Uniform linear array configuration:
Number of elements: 64
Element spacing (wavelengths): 1
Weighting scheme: hamming
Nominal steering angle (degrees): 30
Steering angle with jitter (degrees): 30.355
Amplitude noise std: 0.05
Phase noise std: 0.05

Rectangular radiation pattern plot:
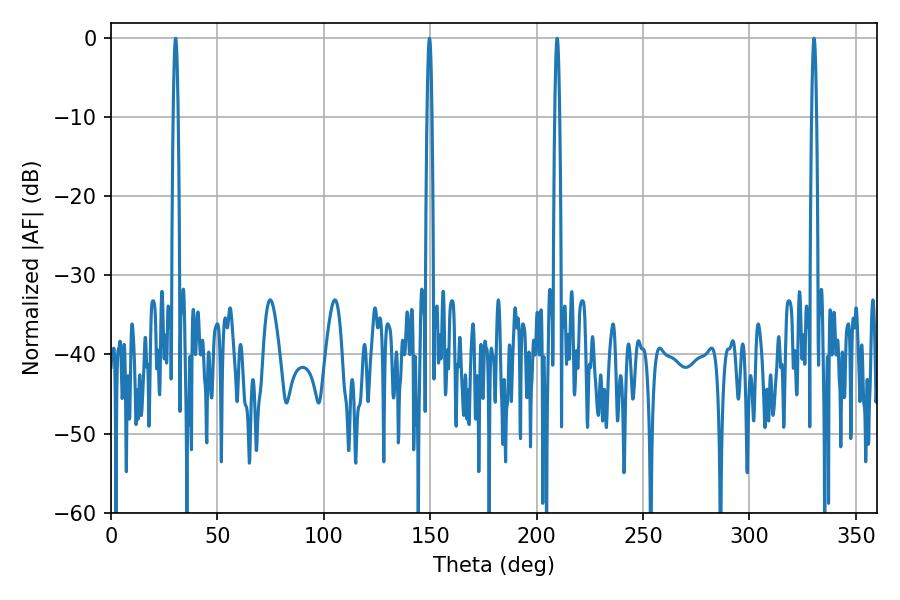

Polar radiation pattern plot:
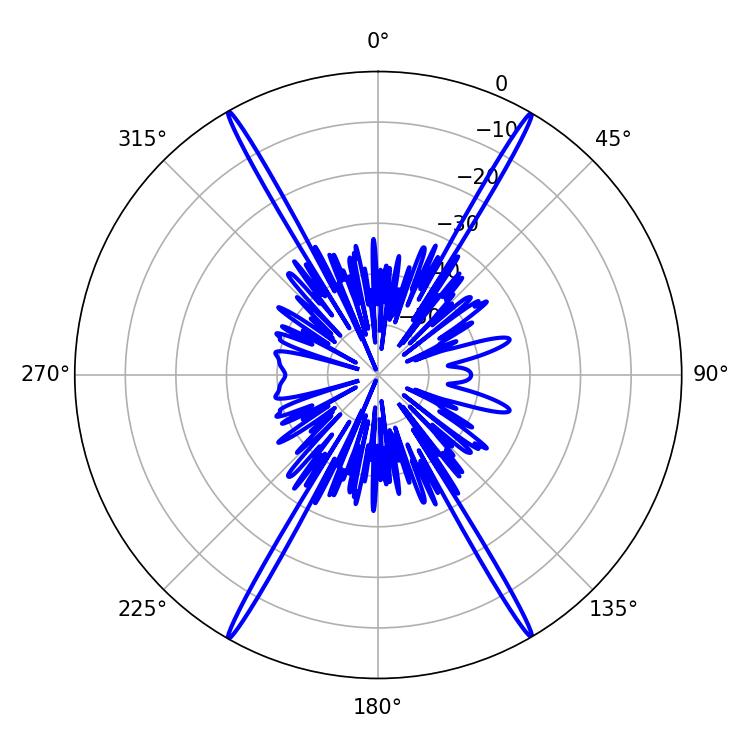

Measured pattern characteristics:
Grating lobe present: TRUE
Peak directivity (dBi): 34.101
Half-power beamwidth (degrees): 1.26
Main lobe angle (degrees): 330.3